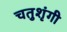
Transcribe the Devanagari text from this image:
चतुशृंगी